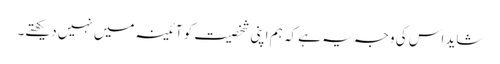
شاید اس کی وجہ یہ ہے کہ ہم اپنی شخصیت کو آئینہ میں نہیں دیکھتے۔